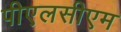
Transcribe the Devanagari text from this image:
पीएलसीएम